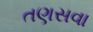
તણસવા